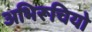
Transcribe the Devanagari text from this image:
अभिरूचियो